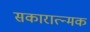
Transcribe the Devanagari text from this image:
सकारात्न्मक